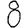
Digit: 8